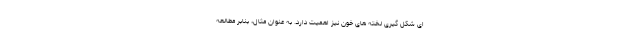
ای شکل گیری لخته های خون نیز اهمیت دارد. به عنوان مثال، بنابر مطالعه